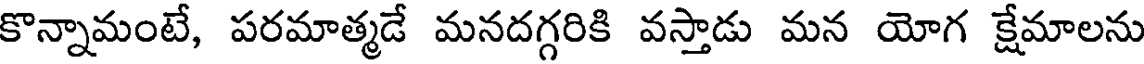
కొన్నామంటే, పరమాత్మడే మనదగ్గరికి వస్తాడు మన యోగ క్షేమాలను